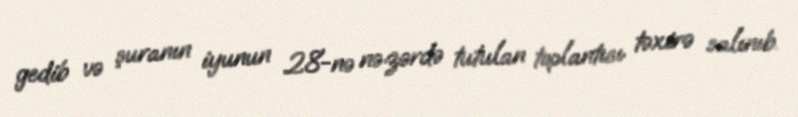
gedib və şuranın iyunun 28-nə nəzərdə tutulan toplantısı təxirə salınıb.